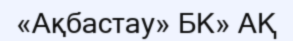
«Ақбастау» БК» АҚ